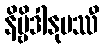
နိဗ္ဗိဒါနုပဿီ